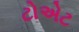
ટોએટ